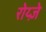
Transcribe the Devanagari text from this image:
रोय्ज़े